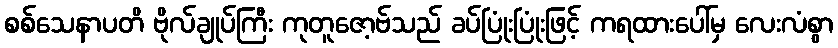
စစ်သေနာပတိ ဗိုလ်ချုပ်ကြီး ကုတူဇော့ဗ်သည် ခပ်ပြုံးပြုံးဖြင့် ကရထားပေါ်မှ လေးလံစွာ